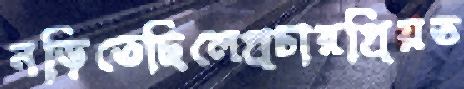
নড়িতেছিলেপ্রচারপ্রিয়ত